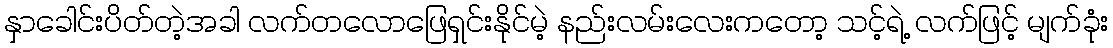
နှာခေါင်းပိတ်တဲ့အခါ လက်တလောဖြေရှင်းနိုင်မဲ့ နည်းလမ်းလေးကတော့ သင့်ရဲ့ လက်ဖြင့် မျက်ခုံး